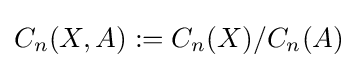
C_{n}(X,A):=C_{n}(X)/C_{n}(A)